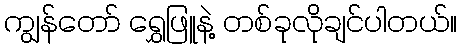
ကျွန်တော် ရွှေဖြူနဲ့ တစ်ခုလိုချင်ပါတယ်။